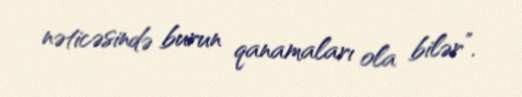
nəticəsində burun qanamaları ola bilər”.